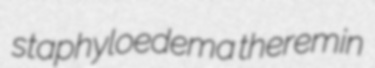
staphyloedema theremin